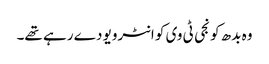
وہ بدھ کو نجی ٹی وی کو انٹرویو دے رہے تھے۔